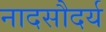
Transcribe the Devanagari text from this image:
नादसौदर्य